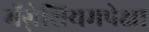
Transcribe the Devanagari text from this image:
मॅग्नेशियमपेक्षा